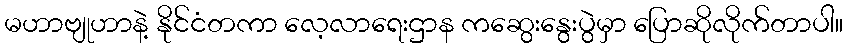
မဟာဗျုဟာနဲ့ နိုင်ငံတကာ လေ့လာရေးဌာန ကဆွေးနွေးပွဲမှာ ပြောဆိုလိုက်တာပါ။